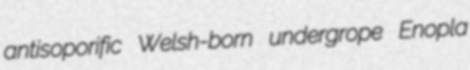
antisoporific Welsh-born undergrope Enopla